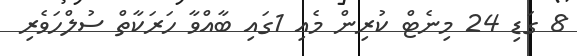
8 ގަޑި 24 މިނެޓް ކުރިން މެއި 1ގައި ބާއްވާ ހަރަކާތް ސުލްހަވެރި